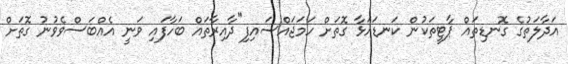
އަދާލަތުގެ ގޮނޑިތައް ޕާޓީތަކުން ކަނޑައަޅާ ގޮތަށް ހަމަޖައްސައިފި"ދާއިރާތައް ބަހާފައި ވަނީ އެއްބަސްވެވުނު ގޮތަށް